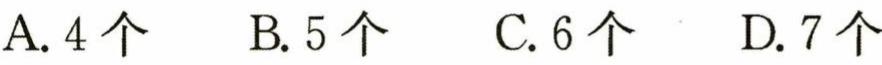
A. 4个  B. 5个  C. 6个  D. 7个